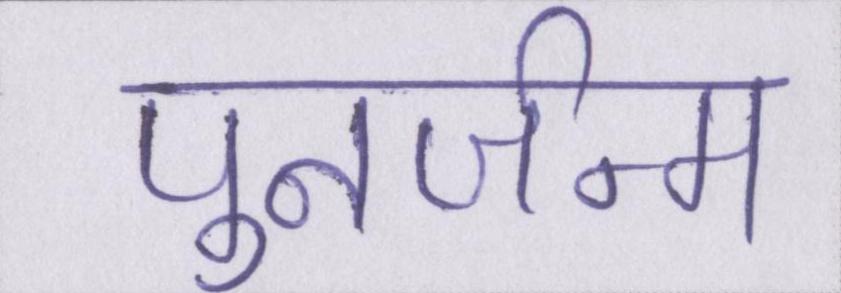
पुनर्जन्म